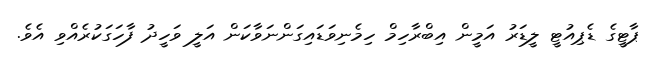
ޕާޓީގެ ޑެޕިއުޓީ ލީޑަރު އަމީން އިބްރާހިމް ހިމެނިވަޑައިގަންނަވާކަން އަލީ ވަހީދު ފާހަގަކުރެއްވި އެވެ.